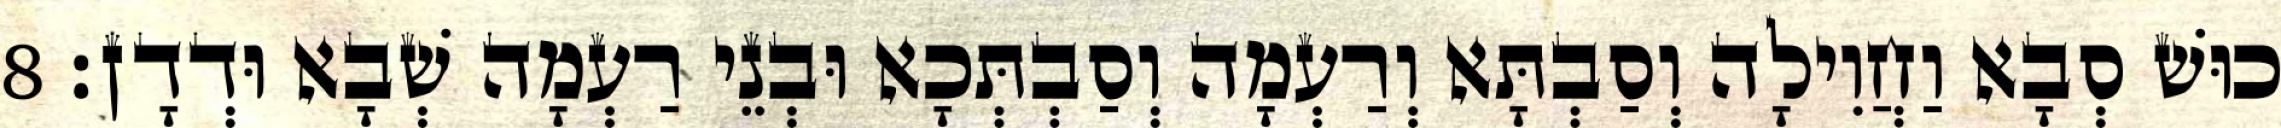
כוּשׁ סְבָא וַחֲוִילָה וְסַבְתָּא וְרַעְמָה וְסַבְתְּכָא וּבְנֵי רַעְמָה שְׁבָא וּדְדָן׃ 8